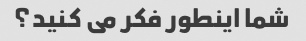
شما اینطور فکر می کنید؟